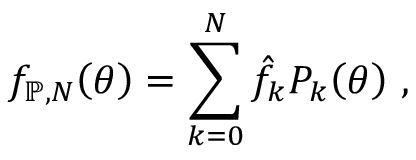
f _ { \mathbb { P } , N } \mathopen { } \mathclose \bgroup \left( \theta \aftergroup \egroup \right) = \sum _ { k = 0 } ^ { N } \hat { f } _ { k } P _ { k } \mathopen { } \mathclose \bgroup \left( \theta \aftergroup \egroup \right) ~ ,